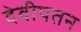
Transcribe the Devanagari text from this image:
देवीपतन